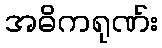
အဓိကရုဏ်း